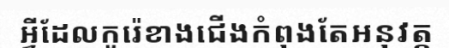
អ្វីដែលកូរ៉េខាងជើងកំពុងតែអនុវត្ត